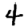
Digit: 4